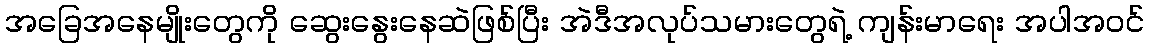
အခြေအနေမျိုးတွေကို ဆွေးနွေးနေဆဲဖြစ်ပြီး အဲဒီအလုပ်သမားတွေရဲ့ ကျန်းမာရေး အပါအဝင်